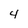
Character: 4